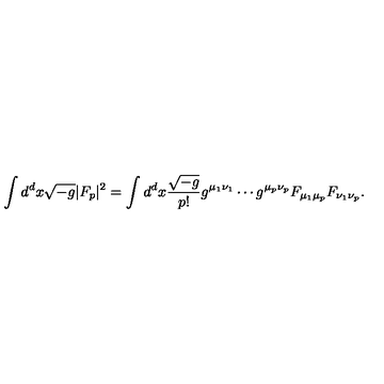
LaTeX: \int d ^ { d } x \sqrt { - g } | F _ { p } | ^ { 2 } = \int d ^ { d } x { \frac { \sqrt { - g } } { p ! } } g ^ { \mu _ { 1 } \nu _ { 1 } } \cdots g ^ { \mu _ { p } \nu _ { p } } F _ { \mu _ { 1 } \mu _ { p } } F _ { \nu _ { 1 } \nu _ { p } } .